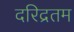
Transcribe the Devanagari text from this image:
दरिद्रतम